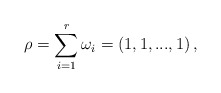
\begin{align*}\rho=\sum_{i=1}^{r}\omega_{i}=(1,1,...,1)\,,\end{align*}